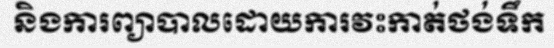
និងការព្យាបាលដោយការវះកាត់ថង់ទឹក